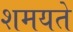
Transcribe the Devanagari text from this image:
शमयते